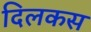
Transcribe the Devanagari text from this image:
दिलकस